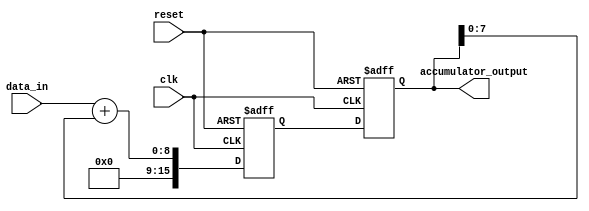
module parallel_accumulator(
    input wire [7:0] data_in,
    input wire clk,
    input wire reset,
    output reg [15:0] accumulator_output
);

// Initialize internal signals
reg [15:0] accumulator;
reg [15:0] data_accumulator;

// Arithmetic block
always @ (posedge clk or posedge reset) begin
    if (reset) begin
        data_accumulator <= 16'b0;
    end else begin
        data_accumulator <= data_in + accumulator[7:0];
    end
end

// Accumulator unit
always @ (posedge clk or posedge reset) begin
    if (reset) begin
        accumulator <= 16'b0;
    end else begin
        accumulator <= data_accumulator;
    end
end

// Output
assign accumulator_output = accumulator;

endmodule